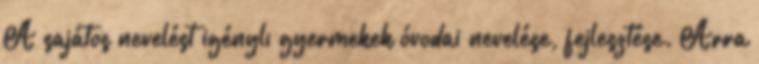
A sajátos nevelést igénylı gyermekek óvodai nevelése, fejlesztése. Arra